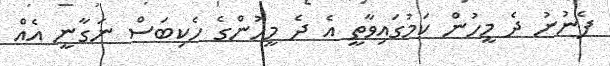
ފެނުނު ދެ މީހުން ކަމުގައިވާތީ އެ ދެ މީހުންގެ ހެކިބަސް ނަގާނީ އެއް